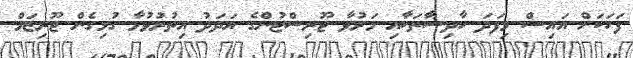
ފަހަކަށް އައިސް މިފަދަ ހާދިސާތަކާއި މަރުވާ ޓޫރިސްޓުންގެ އަދަދު އިތުރުވުމާ ގުޅިގެން ޓޫރިޒަމް